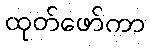
ထုတ်ဖော်ကာ